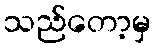
သည်တော့မှ